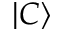
| C \rangle